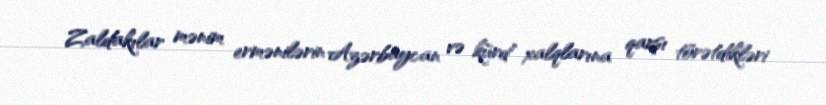
Zaldakılar mənim ermənilərin Azərbaycan və kürd xalqlarına qarşı törətdikləri